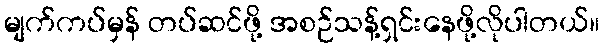
မျက်ကပ်မှန် တပ်ဆင်ဖို့ အစဉ်သန့်ရှင်းနေဖို့လိုပါတယ်။